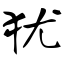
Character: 犹